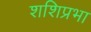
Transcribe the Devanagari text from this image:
शशिप्रभा